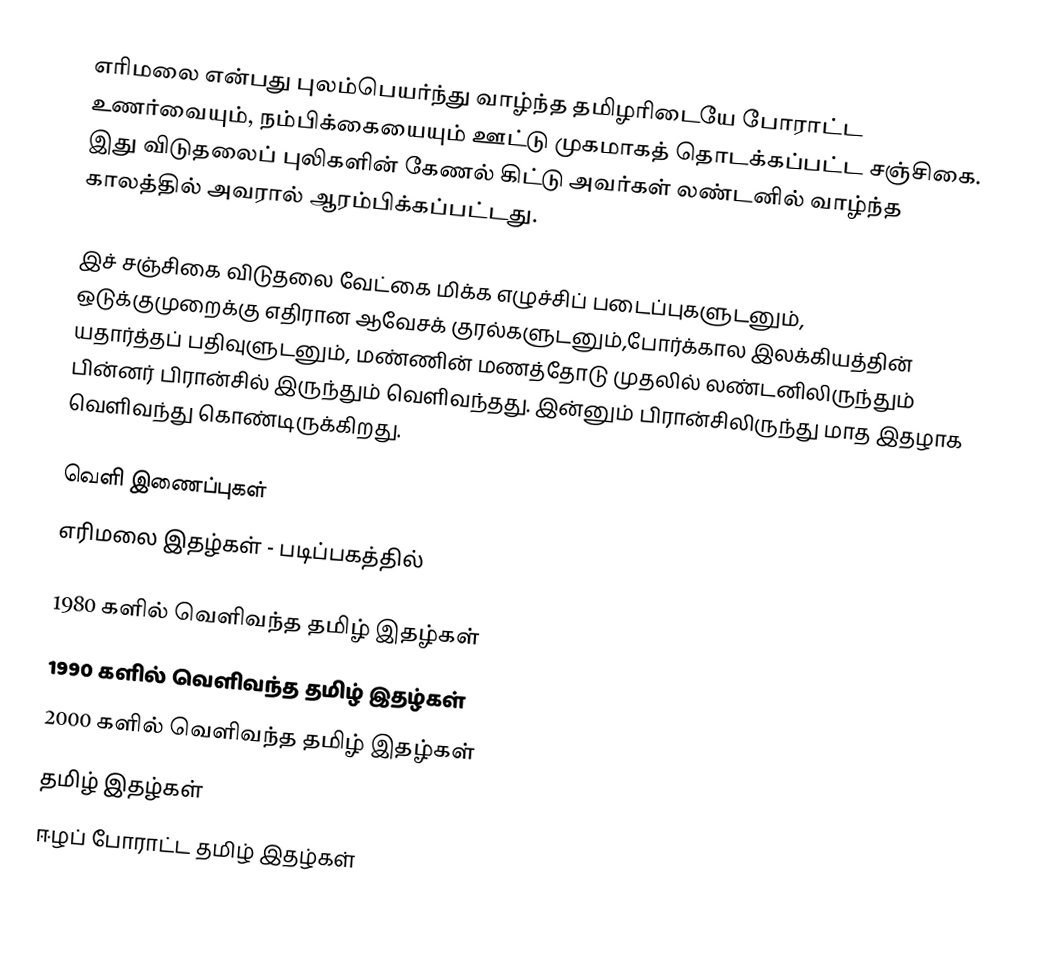
எரிமலை என்பது புலம்பெயர்ந்து வாழ்ந்த தமிழரிடையே போராட்ட உணர்வையும், நம்பிக்கையையும் ஊட்டு முகமாகத் தொடக்கப்பட்ட சஞ்சிகை. இது விடுதலைப் புலிகளின் கேணல் கிட்டு அவர்கள் லண்டனில் வாழ்ந்த காலத்தில் அவரால் ஆரம்பிக்கப்பட்டது.

இச் சஞ்சிகை விடுதலை வேட்கை மிக்க எழுச்சிப் படைப்புகளுடனும், ஒடுக்குமுறைக்கு எதிரான ஆவேசக் குரல்களுடனும்,போர்க்கால இலக்கியத்தின் யதார்த்தப் பதிவுளுடனும், மண்ணின் மணத்தோடு முதலில் லண்டனிலிருந்தும் பின்னர் பிரான்சில் இருந்தும் வெளிவந்தது. இன்னும் பிரான்சிலிருந்து மாத இதழாக வெளிவந்து கொண்டிருக்கிறது.

வெளி இணைப்புகள்
 எரிமலை இதழ்கள் - படிப்பகத்தில்

1980 களில் வெளிவந்த தமிழ் இதழ்கள்
1990 களில் வெளிவந்த தமிழ் இதழ்கள்
2000 களில் வெளிவந்த தமிழ் இதழ்கள்
தமிழ் இதழ்கள்
ஈழப் போராட்ட தமிழ் இதழ்கள்